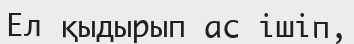
Ел қыдырып ас ішіп,